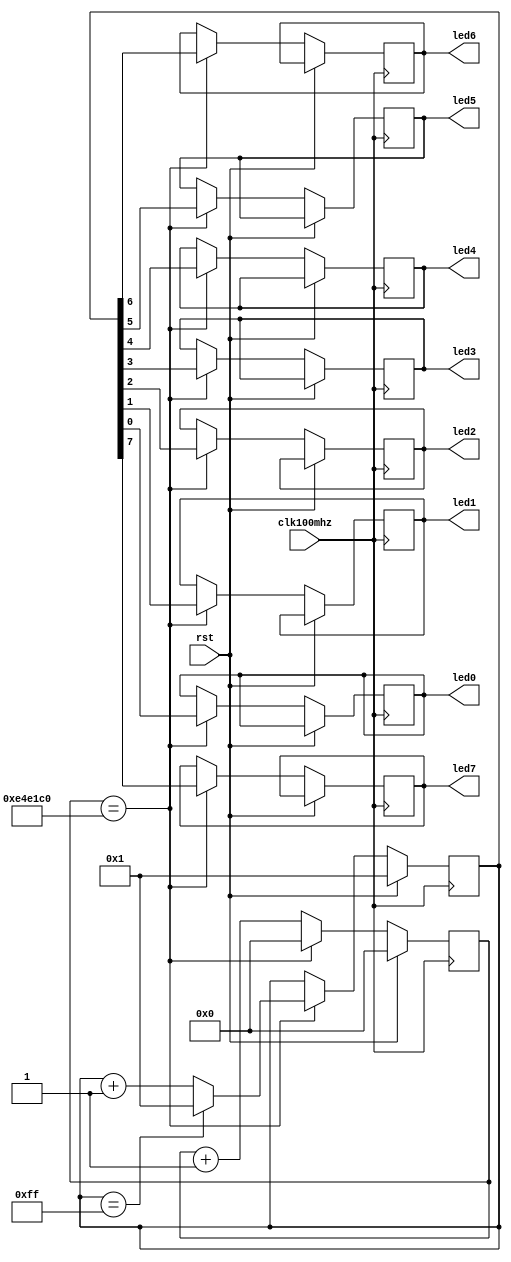
module LEDs(
		input clk100mhz,
		input rst,
		output led0,
		output led1,
		output led2,
		output led3,
		output led4,
		output led5,
		output led6,
		output led7
		
    );
	 
reg [31:0] count;
reg [7:0] Light;
reg led0,led1,led2,led3,led4,led5,led6,led7;


always@(posedge clk100mhz )	 
begin
		if(rst)begin
			count  <= 32'd0;
			Light <= 8'b1;
		end
		else if(count  == 32'd15_000_000) begin
			count  <= 32'd0;
			if(Light == 8'b11111111)
				Light <= 8'b1;
			else
				Light <= Light + 8'b1;
			{led7,led6,led5,led4,led3,led2,led1,led0} <= Light;
		end
		else
			count  <=  count + 1'b1;
end


endmodule